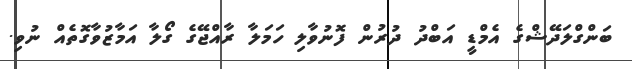
ބަންގްލަދޭޝްގެ އެމްޑީ އަބްދު ދުރުން ފޮނުވާލި ހަމަލާ ރާއްޖޭގެ ގޯލާ އަމާޒުވާގޮތެއް ނުވި.